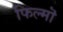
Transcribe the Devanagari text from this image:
फिल्मॊ